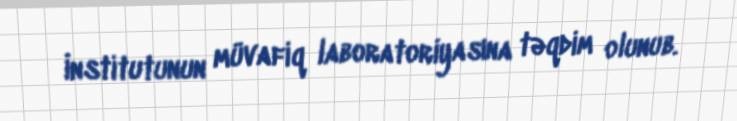
İnstitutunun müvafiq laboratoriyasına təqdim olunub.